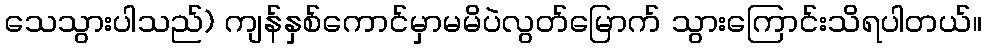
သေသွားပါသည်) ကျန်နှစ်ကောင်မှာမမိပဲလွတ်မြောက် သွားကြောင်းသိရပါတယ်။